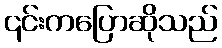
၎င်းကပြောဆိုသည်